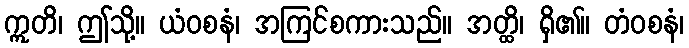
ဣတိ၊ ဤသို့။ ယံဝစနံ၊ အကြင်စကားသည်။ အတ္ထိ၊ ရှိ၏။ တံဝစနံ၊